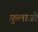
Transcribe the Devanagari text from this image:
फ़ुलाजी